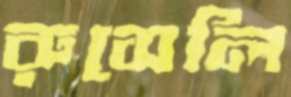
রুসেলি